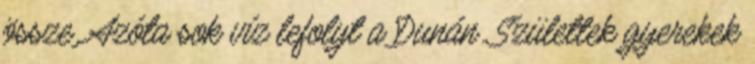
össze. Azóta sok víz lefolyt a Dunán. Születtek gyerekek